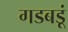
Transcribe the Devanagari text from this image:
गडबडूं